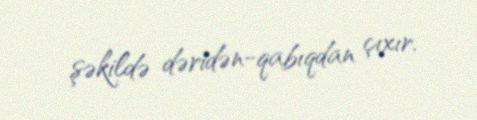
şəkildə dəridən-qabıqdan çıxır.